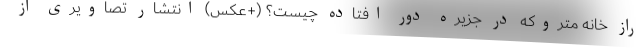
راز خانه متروکه در جزیره دور افتاده چیست؟ (+عکس) انتشار تصاویری از